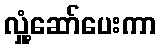
လှုံ့ဆော်ပေးကာ